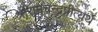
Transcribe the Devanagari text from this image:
श्रीरामचन्द्रप्रीत्यर्थे